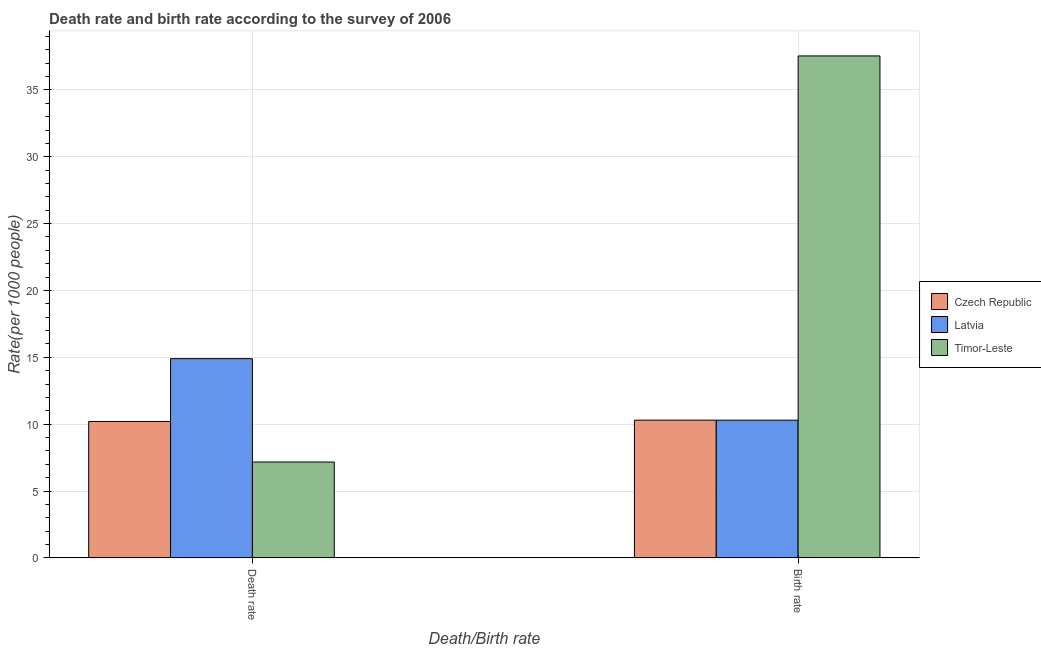
| Death/Birth rate | Czech Republic | Latvia | Timor-Leste |
 | --- | --- | --- | --- |
 | Death rate | 10.2 | 14.9 | 7.17 |
 | Birth rate | 10.3 | 10.3 | 37.5 |